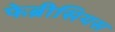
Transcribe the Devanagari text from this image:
फेब्रीसियस